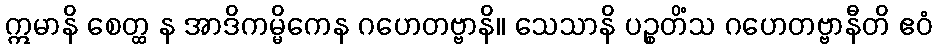
ဣမာနိ စေတ္ထ န အာဒိကမ္မိကေန ဂဟေတဗ္ဗာနိ။ သေသာနိ ပဉ္စတိံသ ဂဟေတဗ္ဗာနီတိ ဧဝံ